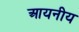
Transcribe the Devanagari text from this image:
आयनीय